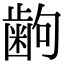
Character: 𫠚